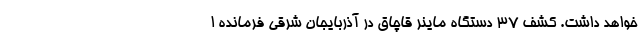
خواهد داشت. کشف 37 دستگاه ماینر قاچاق در آذربایجان شرقی فرمانده ا